Report on horse surra - Volume II, Part I
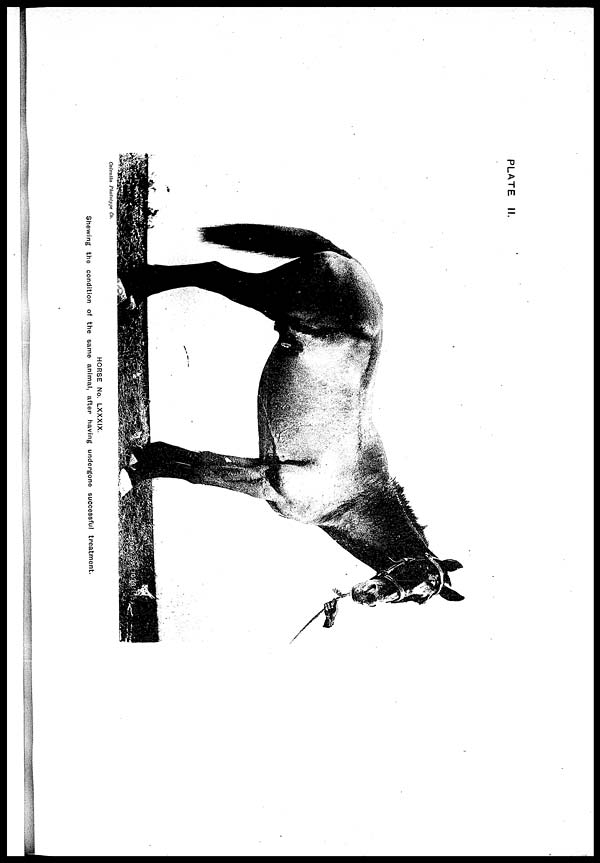
PLATE II.
HORSE No. LXXXIX.
Shewing the condition of the same animal, after having undergone successful treatment.